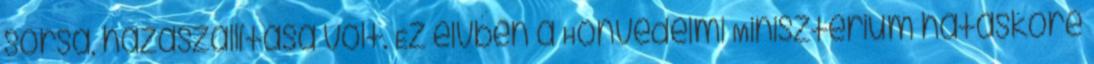
sorsa, hazaszállítása volt. Ez elvben a Honvédelmi Minisztérium hatásköre